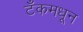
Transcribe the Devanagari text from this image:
टँकमधून